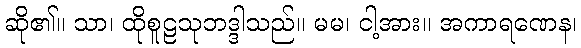
ဆို၏။ သာ၊ ထိုစူဠသုဘဒ္ဒါသည်။ မမ၊ ငါ့အား။ အကာရဏေန၊